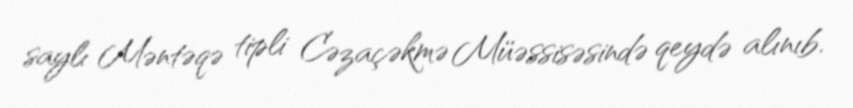
saylı Məntəqə tipli Cəzaçəkmə Müəssisəsində qeydə alınıb.